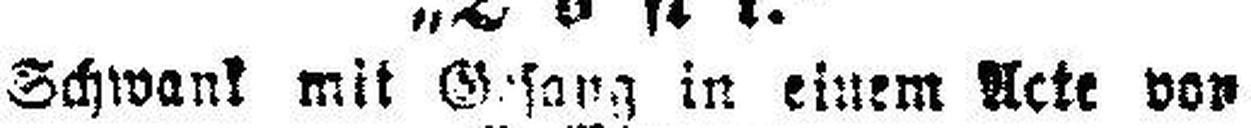
Schwank mit Gesang in einem Acte von